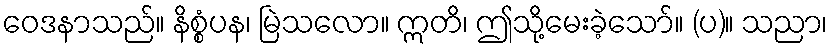
ဝေဒနာသည်။ နိစ္စံပန၊ မြဲသလော။ ဣတိ၊ ဤသို့မေးခဲ့သော်။ (ပ)။ သညာ၊